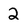
Character: 2